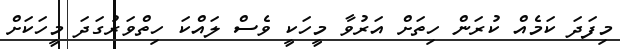
މިފަދަ ކަމެއް ކުރަން ހިތަށް އަރުވާ މީހަކީ ވެސް ލައްކަ ހިތްވަރުގަދަ މީހަކަށް